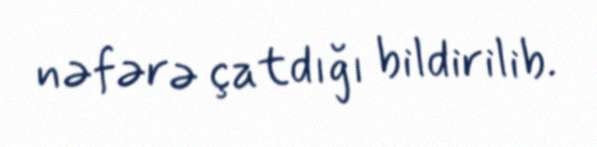
nəfərə çatdığı bildirilib.